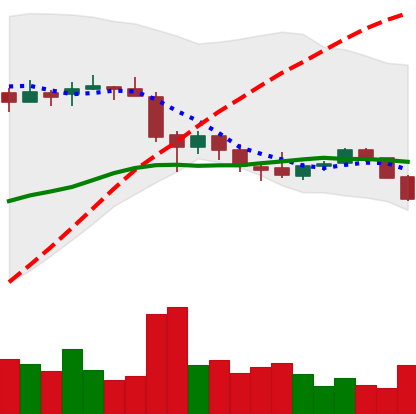
Ticker: EOS-USD
Chart end date: 2018-05-23
Forward return: 6.963%
Label: up_5_7